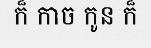
ក៏ កាច កូន ក៏